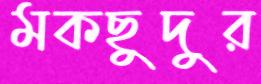
মকছুদুর